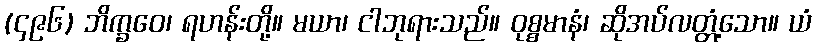
(၄၉၆) ဘိက္ခဝေ၊ ရဟန်းတို့။ မယာ၊ ငါဘုရားသည်။ ဝုစ္စမာနံ၊ ဆိုအပ်လတ္တံ့သော။ ယံ